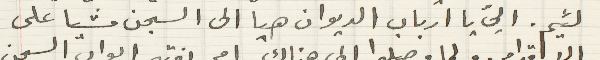
لئيم. اليّ يا ارباب الديوان هيا الى السجن مشيا على